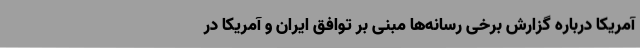
آمریکا درباره گزارش برخی رسانه‌ها مبنی بر توافق ایران و آمریکا در